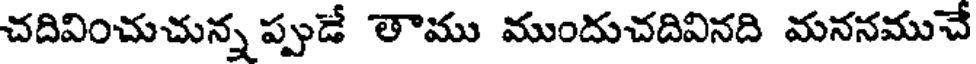
చదివించుచున్న ప్పుడే తాము ముందుచదివినది మననముచే